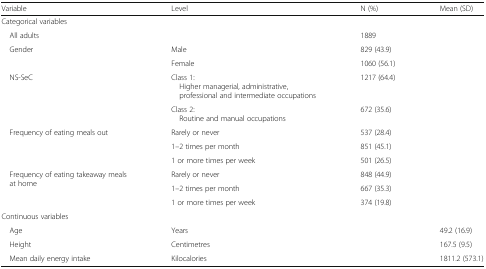
<table><thead><tr><td><b>Variable</b></td><td><b>Level</b></td><td><b>N (%)</b></td><td><b>Mean (SD)</b></td></tr></thead><tbody><tr><td colspan="4">Categorical variables</td></tr><tr><td colspan="2"> All adults</td><td>1889</td><td></td></tr><tr><td rowspan="2"> Gender</td><td>Male</td><td>829 (43.9)</td><td></td></tr><tr><td>Female</td><td>1060 (56.1)</td><td></td></tr><tr><td rowspan="2"> NS-SeC</td><td>Class 1: Higher managerial, administrative, professional and intermediate occupations</td><td>1217 (64.4)</td><td></td></tr><tr><td>Class 2: Routine and manual occupations</td><td>672 (35.6)</td><td></td></tr><tr><td rowspan="3"> Frequency of eating meals out</td><td>Rarely or never</td><td>537 (28.4)</td><td></td></tr><tr><td>1–2 times per month</td><td>851 (45.1)</td><td></td></tr><tr><td>1 or more times per week</td><td>501 (26.5)</td><td></td></tr><tr><td rowspan="3"> Frequency of eating takeaway meals at home</td><td>Rarely or never</td><td>848 (44.9)</td><td></td></tr><tr><td>1–2 times per month</td><td>667 (35.3)</td><td></td></tr><tr><td>1 or more times per week</td><td>374 (19.8)</td><td></td></tr><tr><td colspan="4">Continuous variables</td></tr><tr><td> Age</td><td>Years</td><td></td><td>49.2 (16.9)</td></tr><tr><td> Height</td><td>Centimetres</td><td></td><td>167.5 (9.5)</td></tr><tr><td> Mean daily energy intake</td><td>Kilocalories</td><td></td><td>1811.2 (573.1)</td></tr></tbody></table>